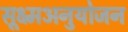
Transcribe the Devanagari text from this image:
सूक्ष्मअनुयोजन